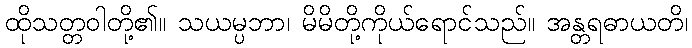
ထိုသတ္တဝါတို့၏။ သယမ္ပဘာ၊ မိမိတို့ကိုယ်ရောင်သည်။ အန္တရဓာယတိ၊